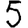
Digit: 5